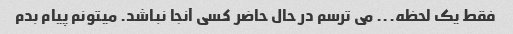
فقط یک لحظه... می ترسم در حال حاضر کسی آنجا نباشد. میتونم پیام بدم